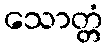
သောတ္တံ